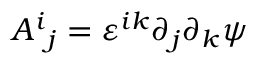
A ^ { i } { } _ { j } = \varepsilon ^ { i k } \partial _ { j } \partial _ { k } \psi